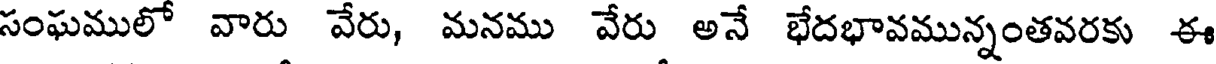
సంఘములో వారు వేరు, మనము వేరు అనే భేదభావమున్నంతవరకు ఈ